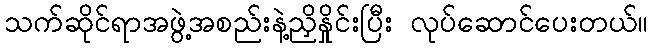
သက်ဆိုင်ရာအဖွဲ့အစည်းနဲ့ညှိနှိုင်းပြီး လုပ်ဆောင်ပေးတယ်။